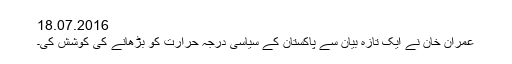
18.07.2016
عمران خان نے ایک تازہ بیان سے پاکستان کے سیاسی درجہ حرارت کو بڑھانے کی کوشش کی۔